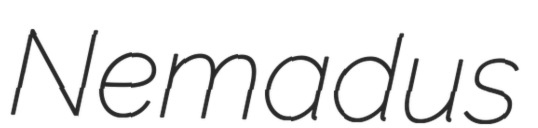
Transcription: Nemadus